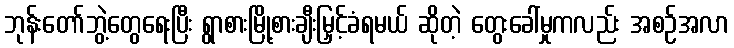
ဘုန်းတော်ဘွဲ့တွေရေးပြီး ရွာစားမြို့စားချီးမြှင့်ခံရမယ် ဆိုတဲ့ တွေးခေါ်မှုကလည်း အစဉ်အလာ